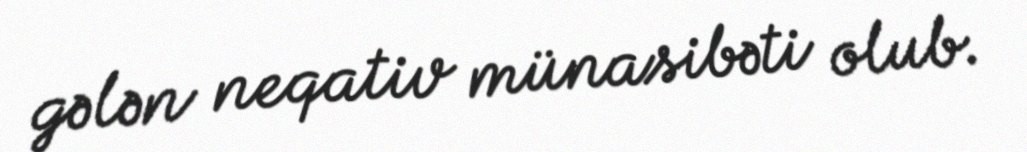
gələn neqativ münasibəti olub.